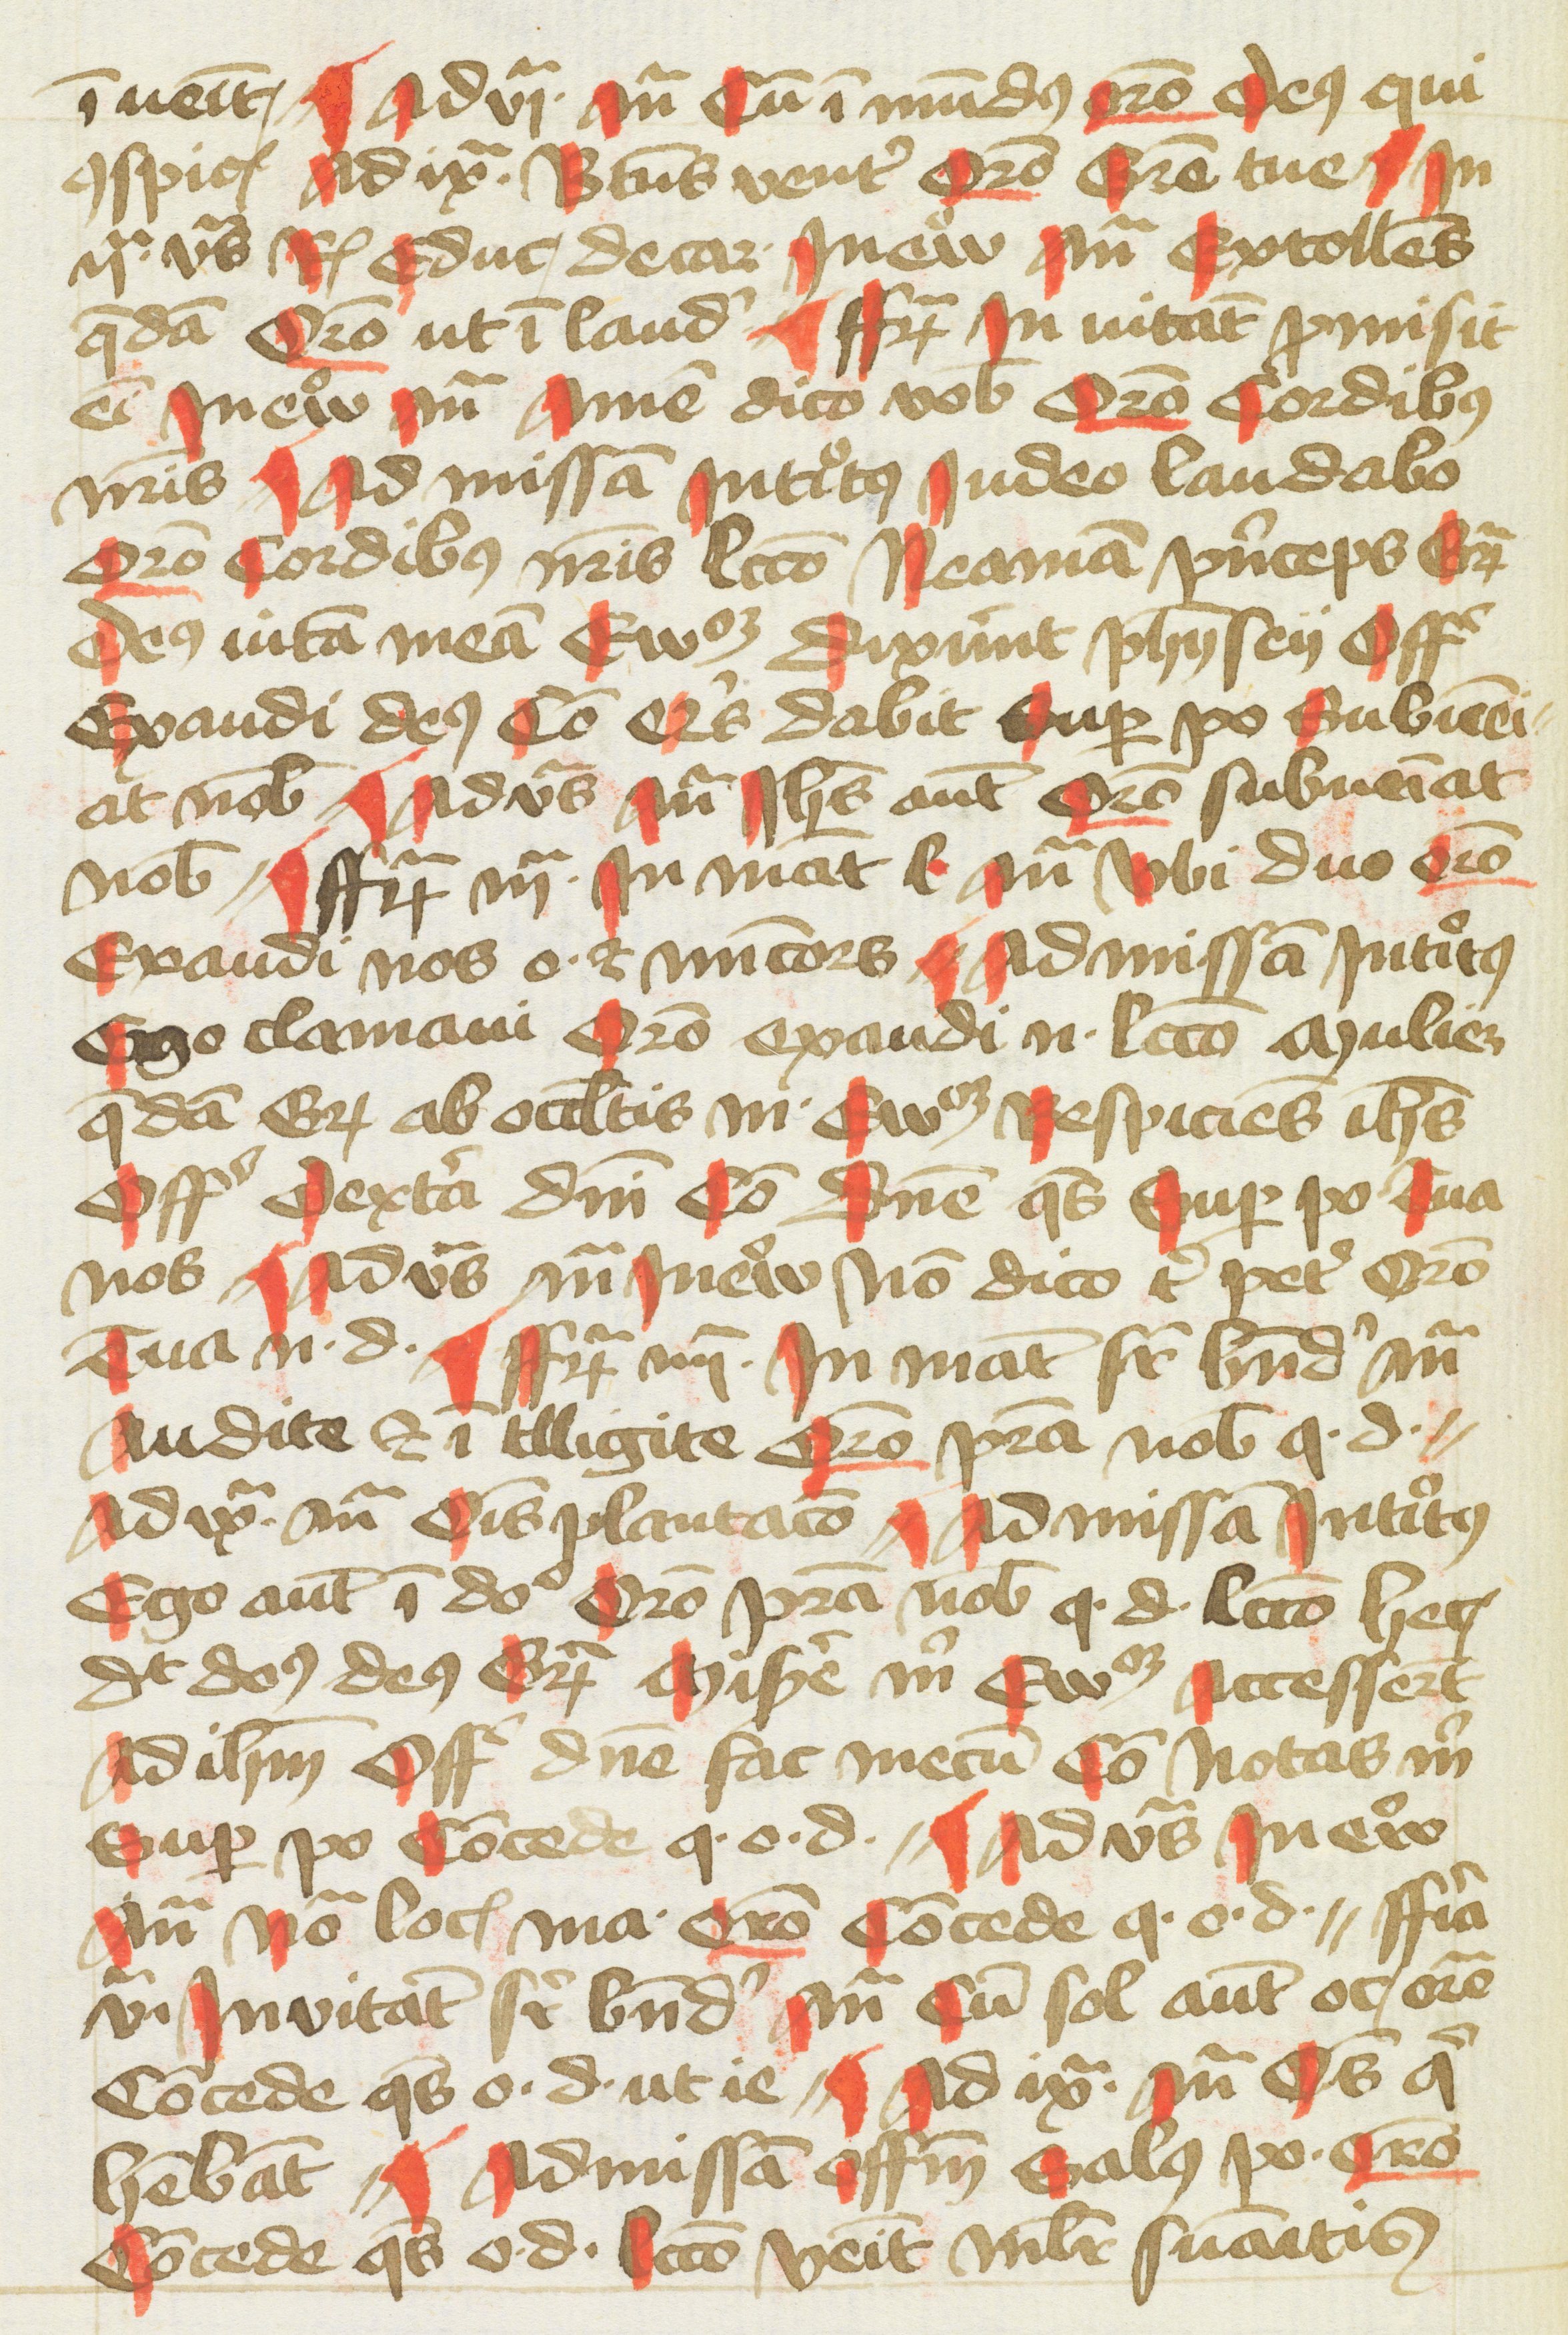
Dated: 1400–1499